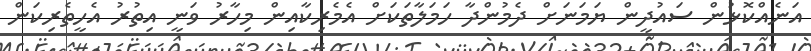
އަނެއްކޮޅުން ސައުދީން ޔަމަނަށް ދެމުންދާ ހަމަލާތަކަށް އެމެރިކާއިން މިހާރު ވަނީ އިތުރު އެހީތެރިކަން